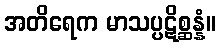
အတိရေက မာသပ္ပဋိစ္ဆန္နံ။